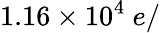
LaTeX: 1.16\times 10^{4}~e/